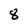
Character: 8